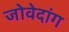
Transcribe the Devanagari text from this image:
जोवेदांग